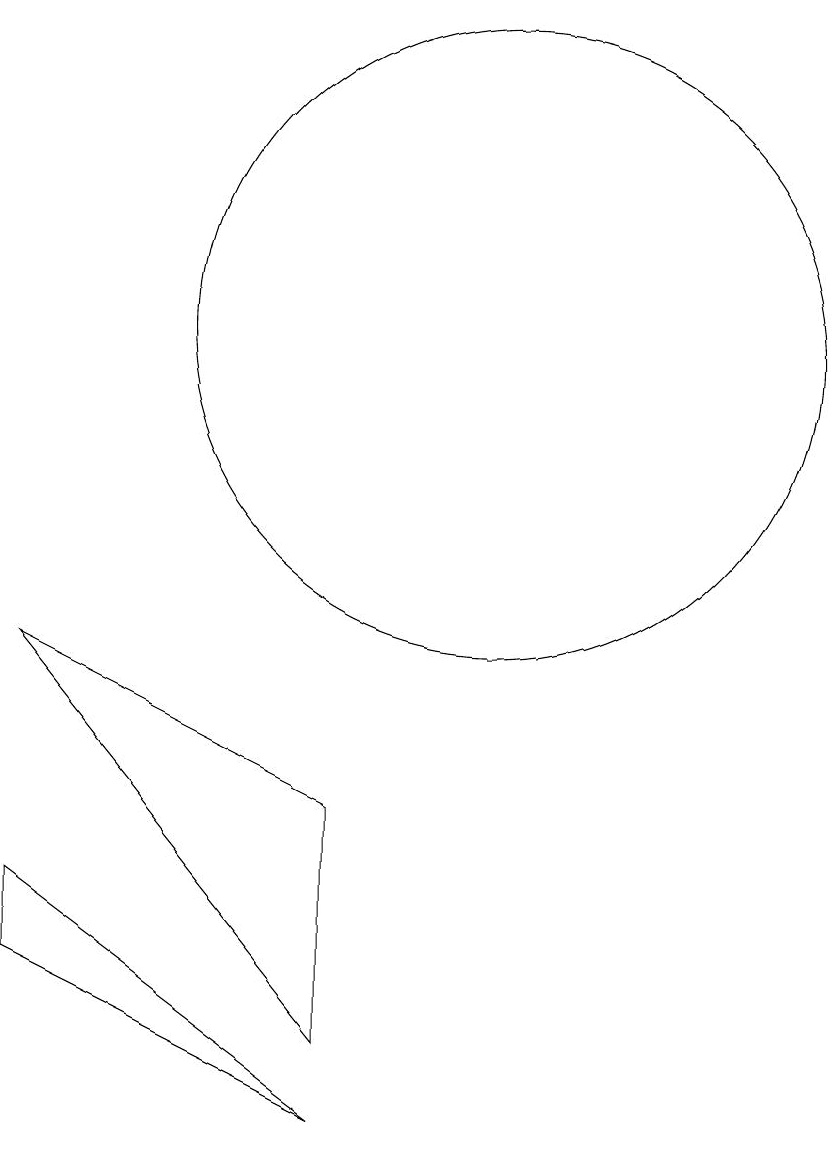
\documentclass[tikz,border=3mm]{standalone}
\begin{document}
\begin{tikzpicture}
\draw (8,4) -- (4,6) -- (8,1) -- cycle;
\draw (10,10) circle (4);
\draw (4,3) -- (8,0) -- (4,2) -- cycle;
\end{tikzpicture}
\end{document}